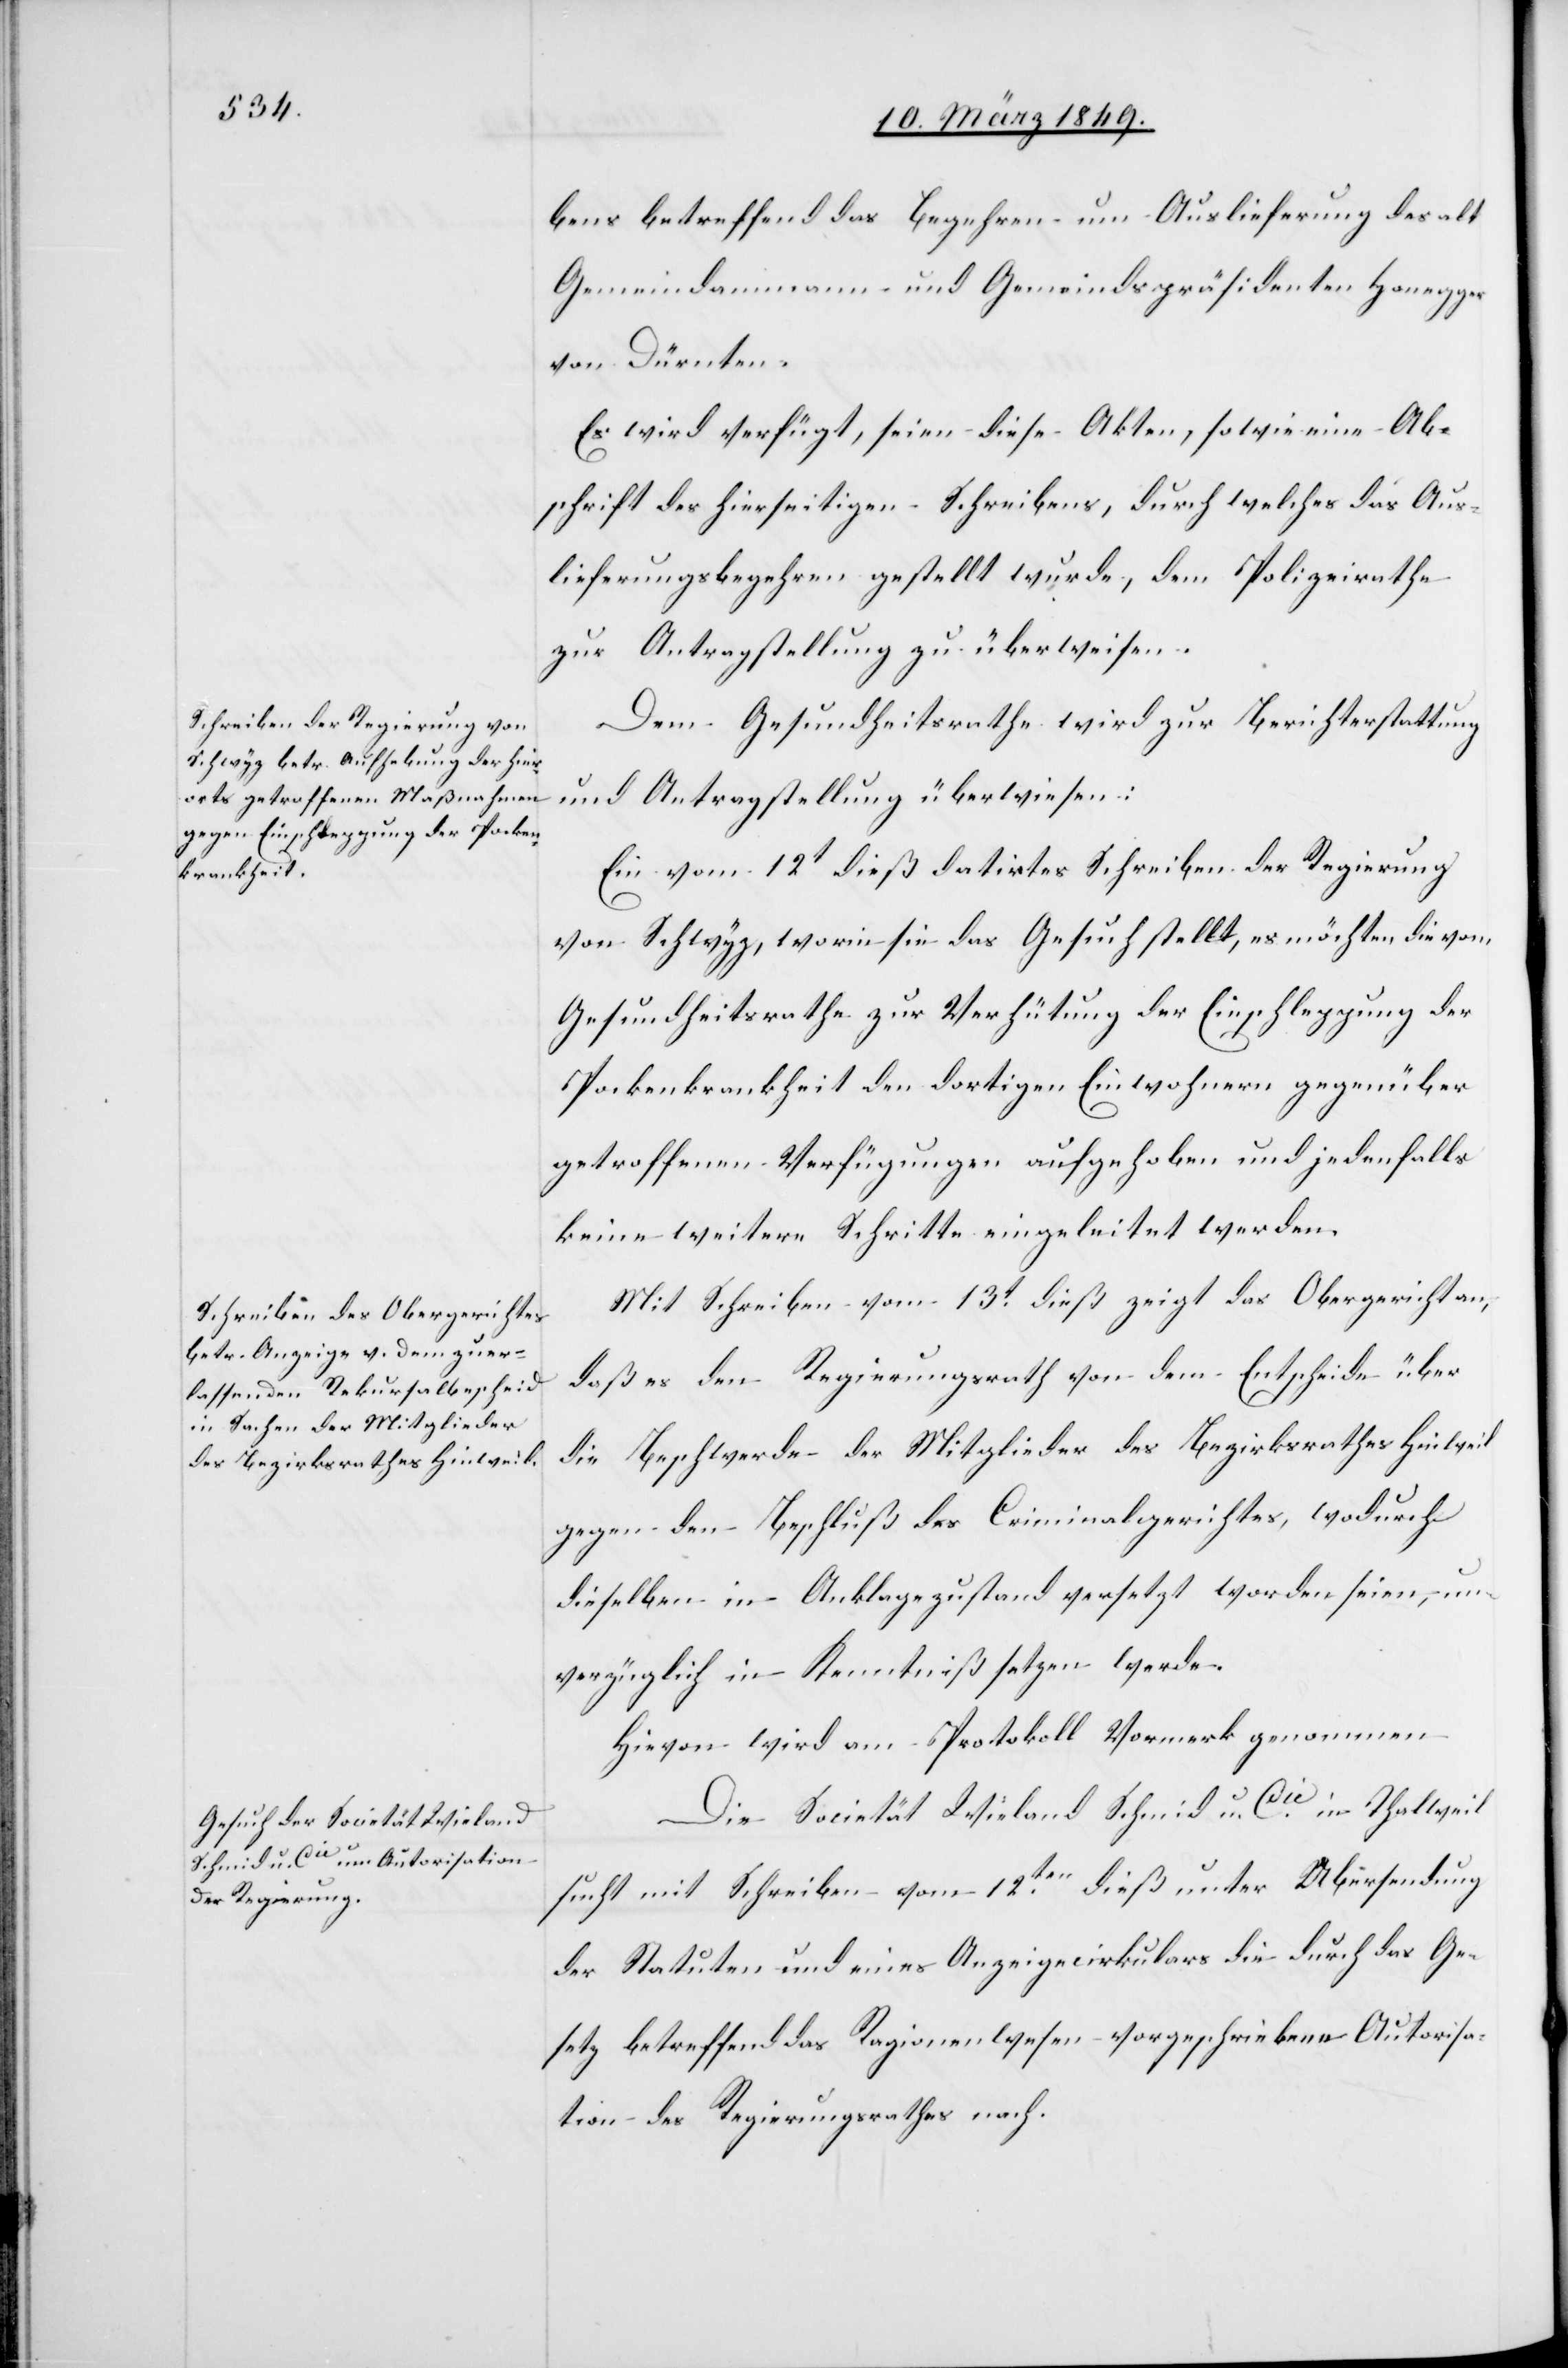
16. März 1849.]
bens betreffend das Begehren um Auslieferung des alt
Gemeindammann und Gemeindspräsidenten Honegger
von Dürnten.
Es wird verfügt, seien diese Akten, sowie eine Ab¬
schrift des hierseitigen Schreibens, durch welches das Aus¬
lieferungsbegehren gestellt wurde, dem Polizeirathe
zur Antragstellung zu überweisen.
Dem Gesundheitsrathe wird zur Berichterstattung
und Antragstellung überwiesen:
Ein vom 12t dieß datirtes Schreiben der Regierung
von Schwyz, worin sie das Gesuch stellt, es möchten die vom
Gesundheitsrathe zur Verhütung der Einschleppung der
Pockenkrankheit den dortigen Einwohnern gegenüber
getroffenen Verfügungen aufgehoben und jedenfalls
keine weitern Schritte eingeleitet werden.
Mit Schreiben vom 13t. dieß zeigt das Obergericht an,
daß es den Regierungsrath von dem Entscheide über
die Beschwerde der Mitglieder des Bezirksrathes Hinweil
gegen den Beschluß des Criminalgerichtes, wodurch
dieselben in Anklagezustand versetzt worden seien, un¬
verzüglich in Kenntniß setzen werde.
Hievon wird am Protokoll Vormerk genommen[.]
Die Societät Wieland Schmid u. Cie. in Thalweil
sucht mit Schreiben vom 12ten. dieß unter Übersendung
der Statuten und eines Anzeigecirkulars die durch das Ge¬
setz betreffend das Ragionenwesen vorgeschriebene Autorisa¬
tion des Regierungsrathes nach.